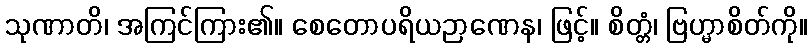
သုဏာတိ၊ အကြင်ကြား၏။ စေတောပရိယဉာဏေန၊ ဖြင့်။ စိတ္တံ၊ ဗြဟ္မာစိတ်ကို။